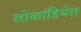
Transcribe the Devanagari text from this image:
लोकांडियेरा